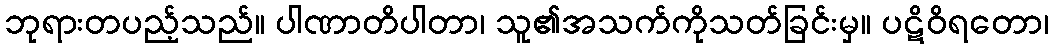
ဘုရားတပည့်သည်။ ပါဏာတိပါတာ၊ သူ၏အသက်ကိုသတ်ခြင်းမှ။ ပဋိဝိရတော၊